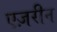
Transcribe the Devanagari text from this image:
एज़रीन